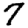
Digit: 7